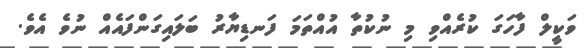
ވަކީލް ފާހަގަ ކުރެއްވި މި ނުކުތާ އުއްތަމަ ފަނޑިޔާރު ބަލައިގަންފައެއް ނުވެ އެވެ.